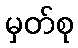
မှတ်စု